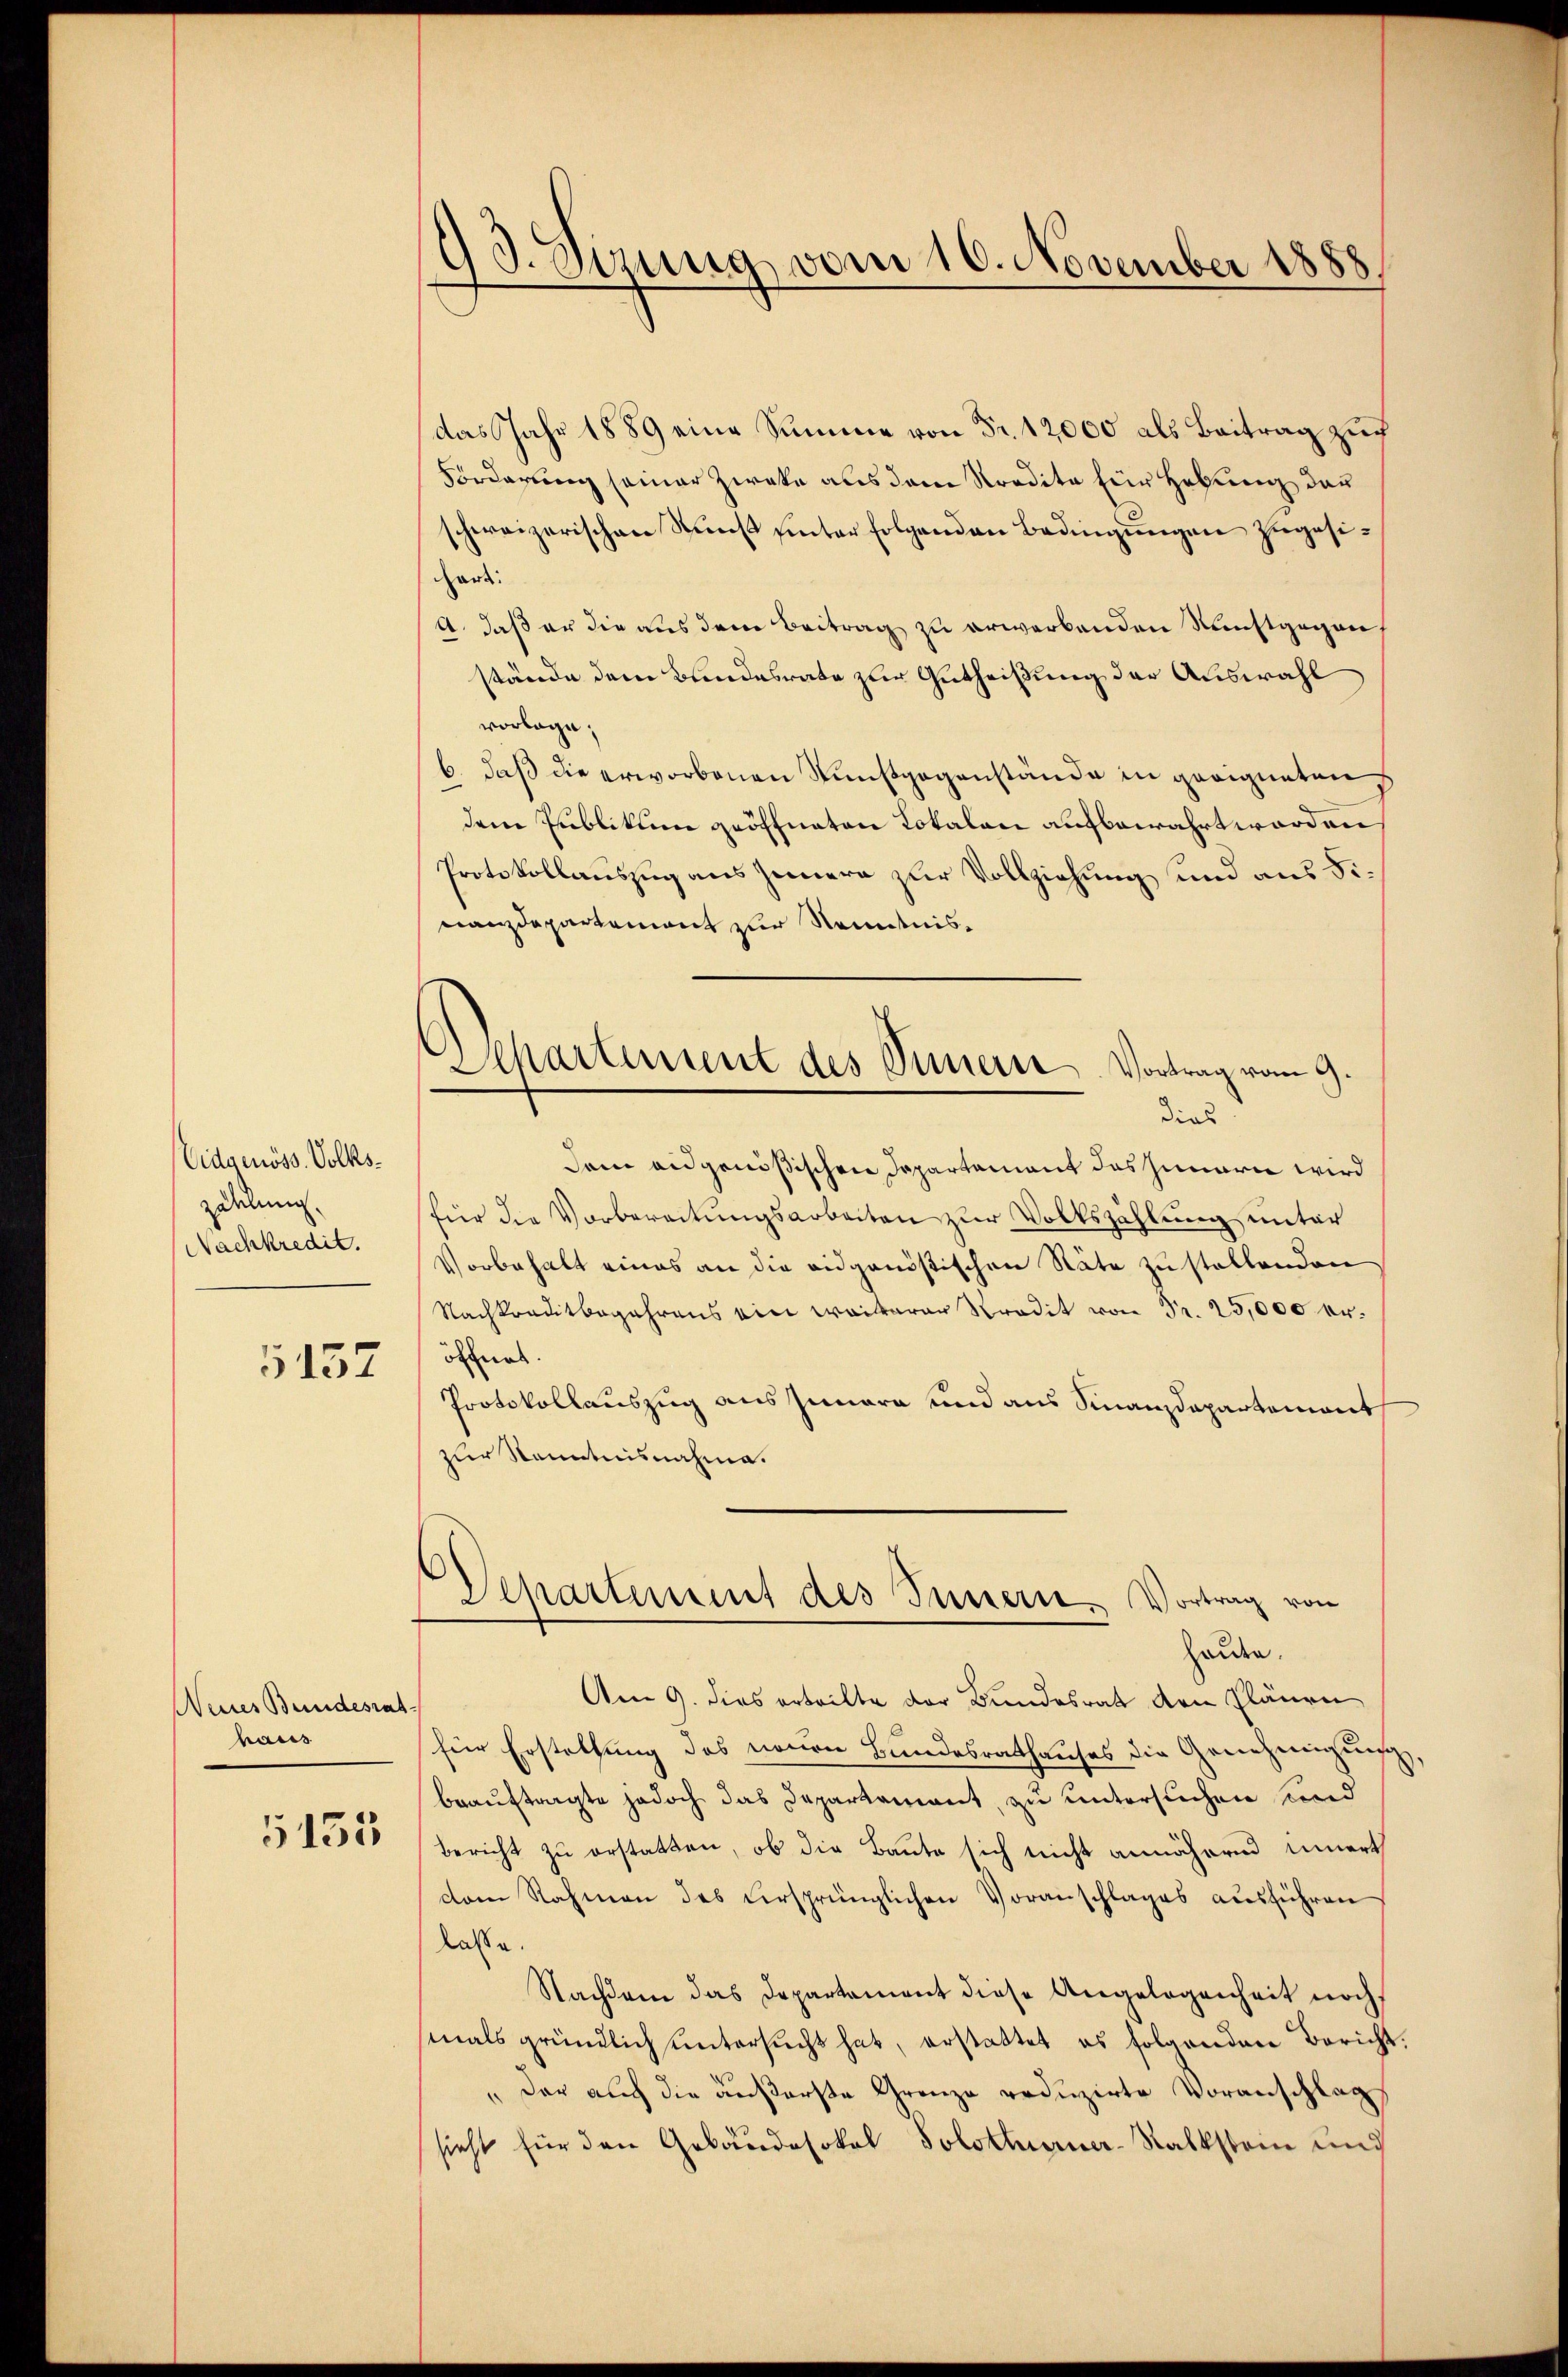
Eidgenöss. Volks-
zuelung.
Nachkredit.

5157

Neines Bundesrat
haus

5153

93. Sizung vom 10. November 1888.

Departement des Simer Vortrag vom 9.
dies

das Jahr 1889 eine Summe von Fr. 12000 als Beitrag zur
Forderung seiner Zweke aus dem Kredita für Hebung der
schweizerischen Sunst hinter folgenden Bedingungen zugesiart:
A. daß er die aus dem Beitrag zu erwerbenden Kunstgegen,
stände dem Bundesrate zur Gutheißung der Auswahl
vorlage;
b. daß die erworbenen Sunstgegenstände in geeigneten
dem Publikum geöffneten Lokalen aufbewahrt worden
Protokollauszug aus Innern zur Vollziehung und aus Finanzdepartement zur Kenntnisdem eidgenößischen Departement das Innern wird
für die Vorbereitungsarbeiten zur Volkszählung unter
Vorbehalt eines an die eidgenößischen Räte zu stellenden
Nachkreditbegehrens ein weiterer Predit von Fr. 25,000 erörnes
Protokollauszug aus Iunara und aus Finanzdepartemont
zur Kenntnisnahme.
Departement des Innern, Vortrag von
halden.
Am 9. dies erteilte der Bundesrat den Plänen
für Erstellung des neuen Bundesrathauses die Genehmigung
beauftragte jedoch das Departament, zu untersuchen und
bericht zu erstatten, ob die Baute sich nicht annähernd innert
dam Rahmen des versprünglichen Voranschlages ausführen
lasse
Nachdem das Departement diese Angelegenheit noch
mals gründlich untersucht hat, erstattet es folgenden Bericht
„der auch die äußerste Grenze reduzirte Voranschlag
sieht für den Gebäudesokal Solothurner-Salkstein und